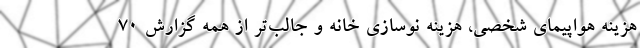
هزینه هواپیمای شخصی، هزینه‌ نوسازی خانه و جالب‌تر از همه گزارش 70